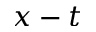
x - t